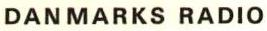
DANMARKS RADIO